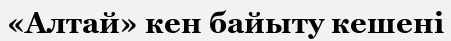
«Алтай» кен байыту кешені